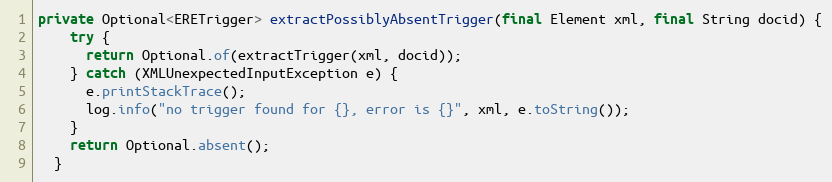
Language: Java
private Optional<ERETrigger> extractPossiblyAbsentTrigger(final Element xml, final String docid) {
    try {
      return Optional.of(extractTrigger(xml, docid));
    } catch (XMLUnexpectedInputException e) {
      e.printStackTrace();
      log.info("no trigger found for {}, error is {}", xml, e.toString());
    }
    return Optional.absent();
  }